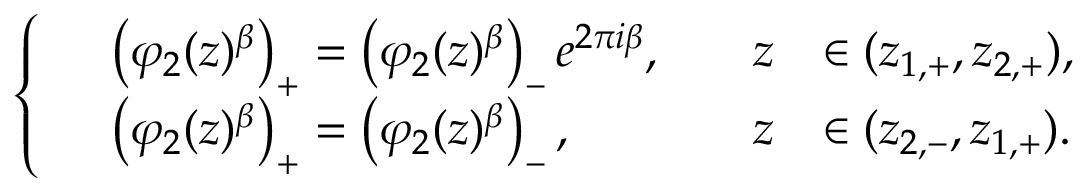
\left\{ \begin{array} { r l r l } & { \left( \varphi _ { 2 } ( z ) ^ { { \beta } } \right) _ { + } = \left( \varphi _ { 2 } ( z ) ^ { { \beta } } \right) _ { - } e ^ { 2 \pi i { \beta } } , \quad } & { z } & { \in ( z _ { 1 , + } , z _ { 2 , + } ) , } \\ & { \left( \varphi _ { 2 } ( z ) ^ { { \beta } } \right) _ { + } = \left( \varphi _ { 2 } ( z ) ^ { { \beta } } \right) _ { - } , \quad } & { z } & { \in ( z _ { 2 , - } , z _ { 1 , + } ) . } \end{array} \right.